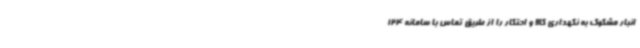
انبار مشکوک به نگهداری کالا و احتکار را از طریق تماس با سامانه 124